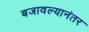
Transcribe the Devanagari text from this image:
बजावल्यानंतर